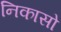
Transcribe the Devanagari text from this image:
निकासो